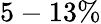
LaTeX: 5-13\%